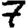
Digit: 7